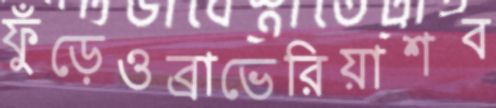
ফুঁড়েওব্রাভেরিয়াশব